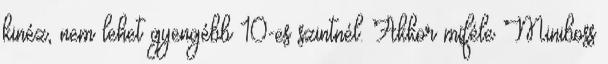
kinéz, nem lehet gyengébb 10-es szintnél. Akkor miféle Miniboss